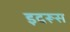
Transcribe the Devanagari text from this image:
इदरूस